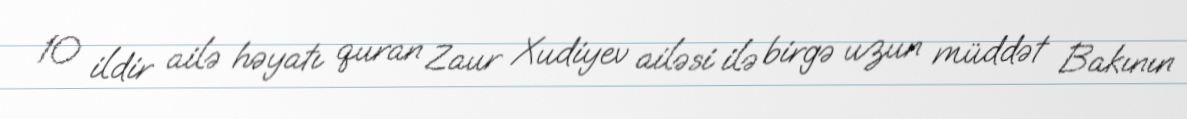
10 ildir ailə həyatı quran Zaur Xudiyev ailəsi ilə birgə uzun müddət Bakının